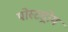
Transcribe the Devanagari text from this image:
पोस्टड्रोम